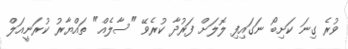
ވުރެ ގިނަ ކަށިބޯ ނަގައިފި ލޮލަށް ފަރުދާ ކުރެވޭ "ސާލެއް" ތައްޔާރު ކުރަނީއަލް